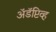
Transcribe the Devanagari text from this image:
अॅडॅप्टिव्ह